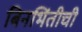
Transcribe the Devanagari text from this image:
बिनभिंतीची